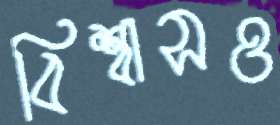
বিশ্বাসও